Newspaper: The daily Gate City. [volume]
Place of publication: Keokuk, Iowa
Publisher: J.B. Howell
Date: 1860-07-07 00:00:00
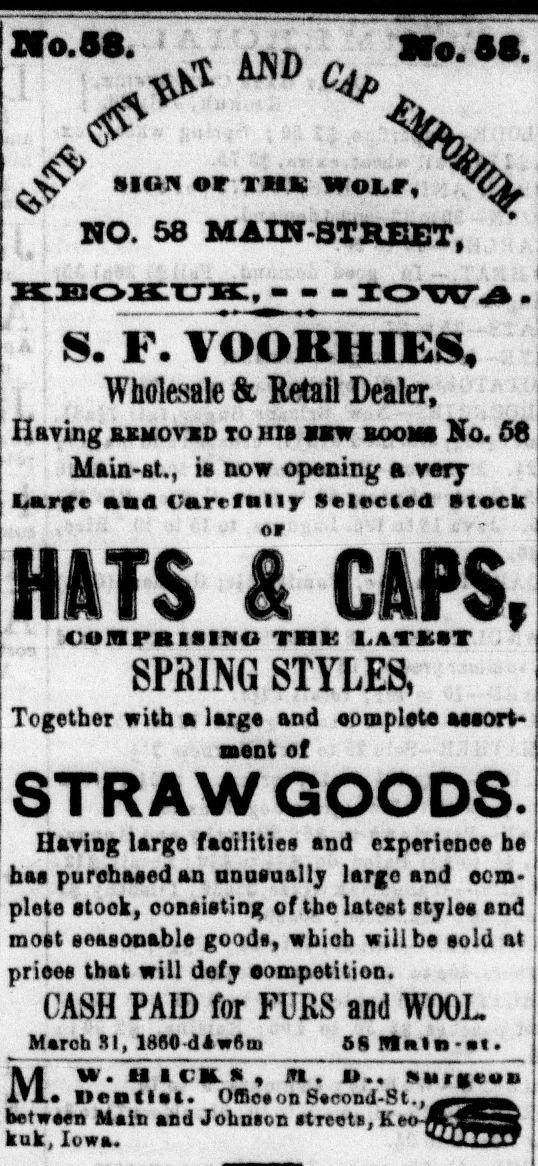
Advertisement text (OCR):
A i M• ggQKTJH:, lOWil S. F. YOOKlllES* Wholesale & Retail Dealer, Haying BXMOVXD TO HIS BBW Mam-st., is now opening a very Muge ana t'arrfelly Selected Stack or HATS & C&PS, A^uAFKifiiNo 'rail-: Aim SPRING STYLES, Together with a large and eoaplete aaaort* asent of STRAW GOODS. Ilayiog lar^e facilities and experience b# has purchased an an usually large and ocm* plete stook, oonsieting of tbe latest styles and most seasonable goods, wbioh wiilbe sold at prieee that will defy competition. CASH PAID lor FIRS and WOOL March SI, lrtflC dlwflua 68 Nfnln-at. w.~ii i a *'i jb» »., %uTa««ia Iienllal. Offlcaon 8econd-St. between Main and Johnson atreeta, Keo kuk, luwa. V IIBH «MT TBS WOLF, NO. 58 MAIN-STREET, BOOMS NO. 56
Label: illustrations